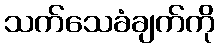
သက်သေခံချက်ကို